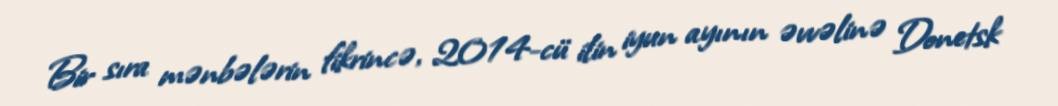
Bir sıra mənbələrin fikrincə, 2014-cü ilin iyun ayının əvvəlinə Donetsk